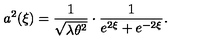
a ^ { 2 } ( \xi ) = \frac { 1 } { \sqrt { \lambda \theta ^ { 2 } } } \cdot \frac { 1 } { e ^ { 2 \xi } + e ^ { - 2 \xi } } .